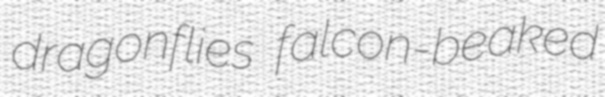
dragonflies falcon-beaked